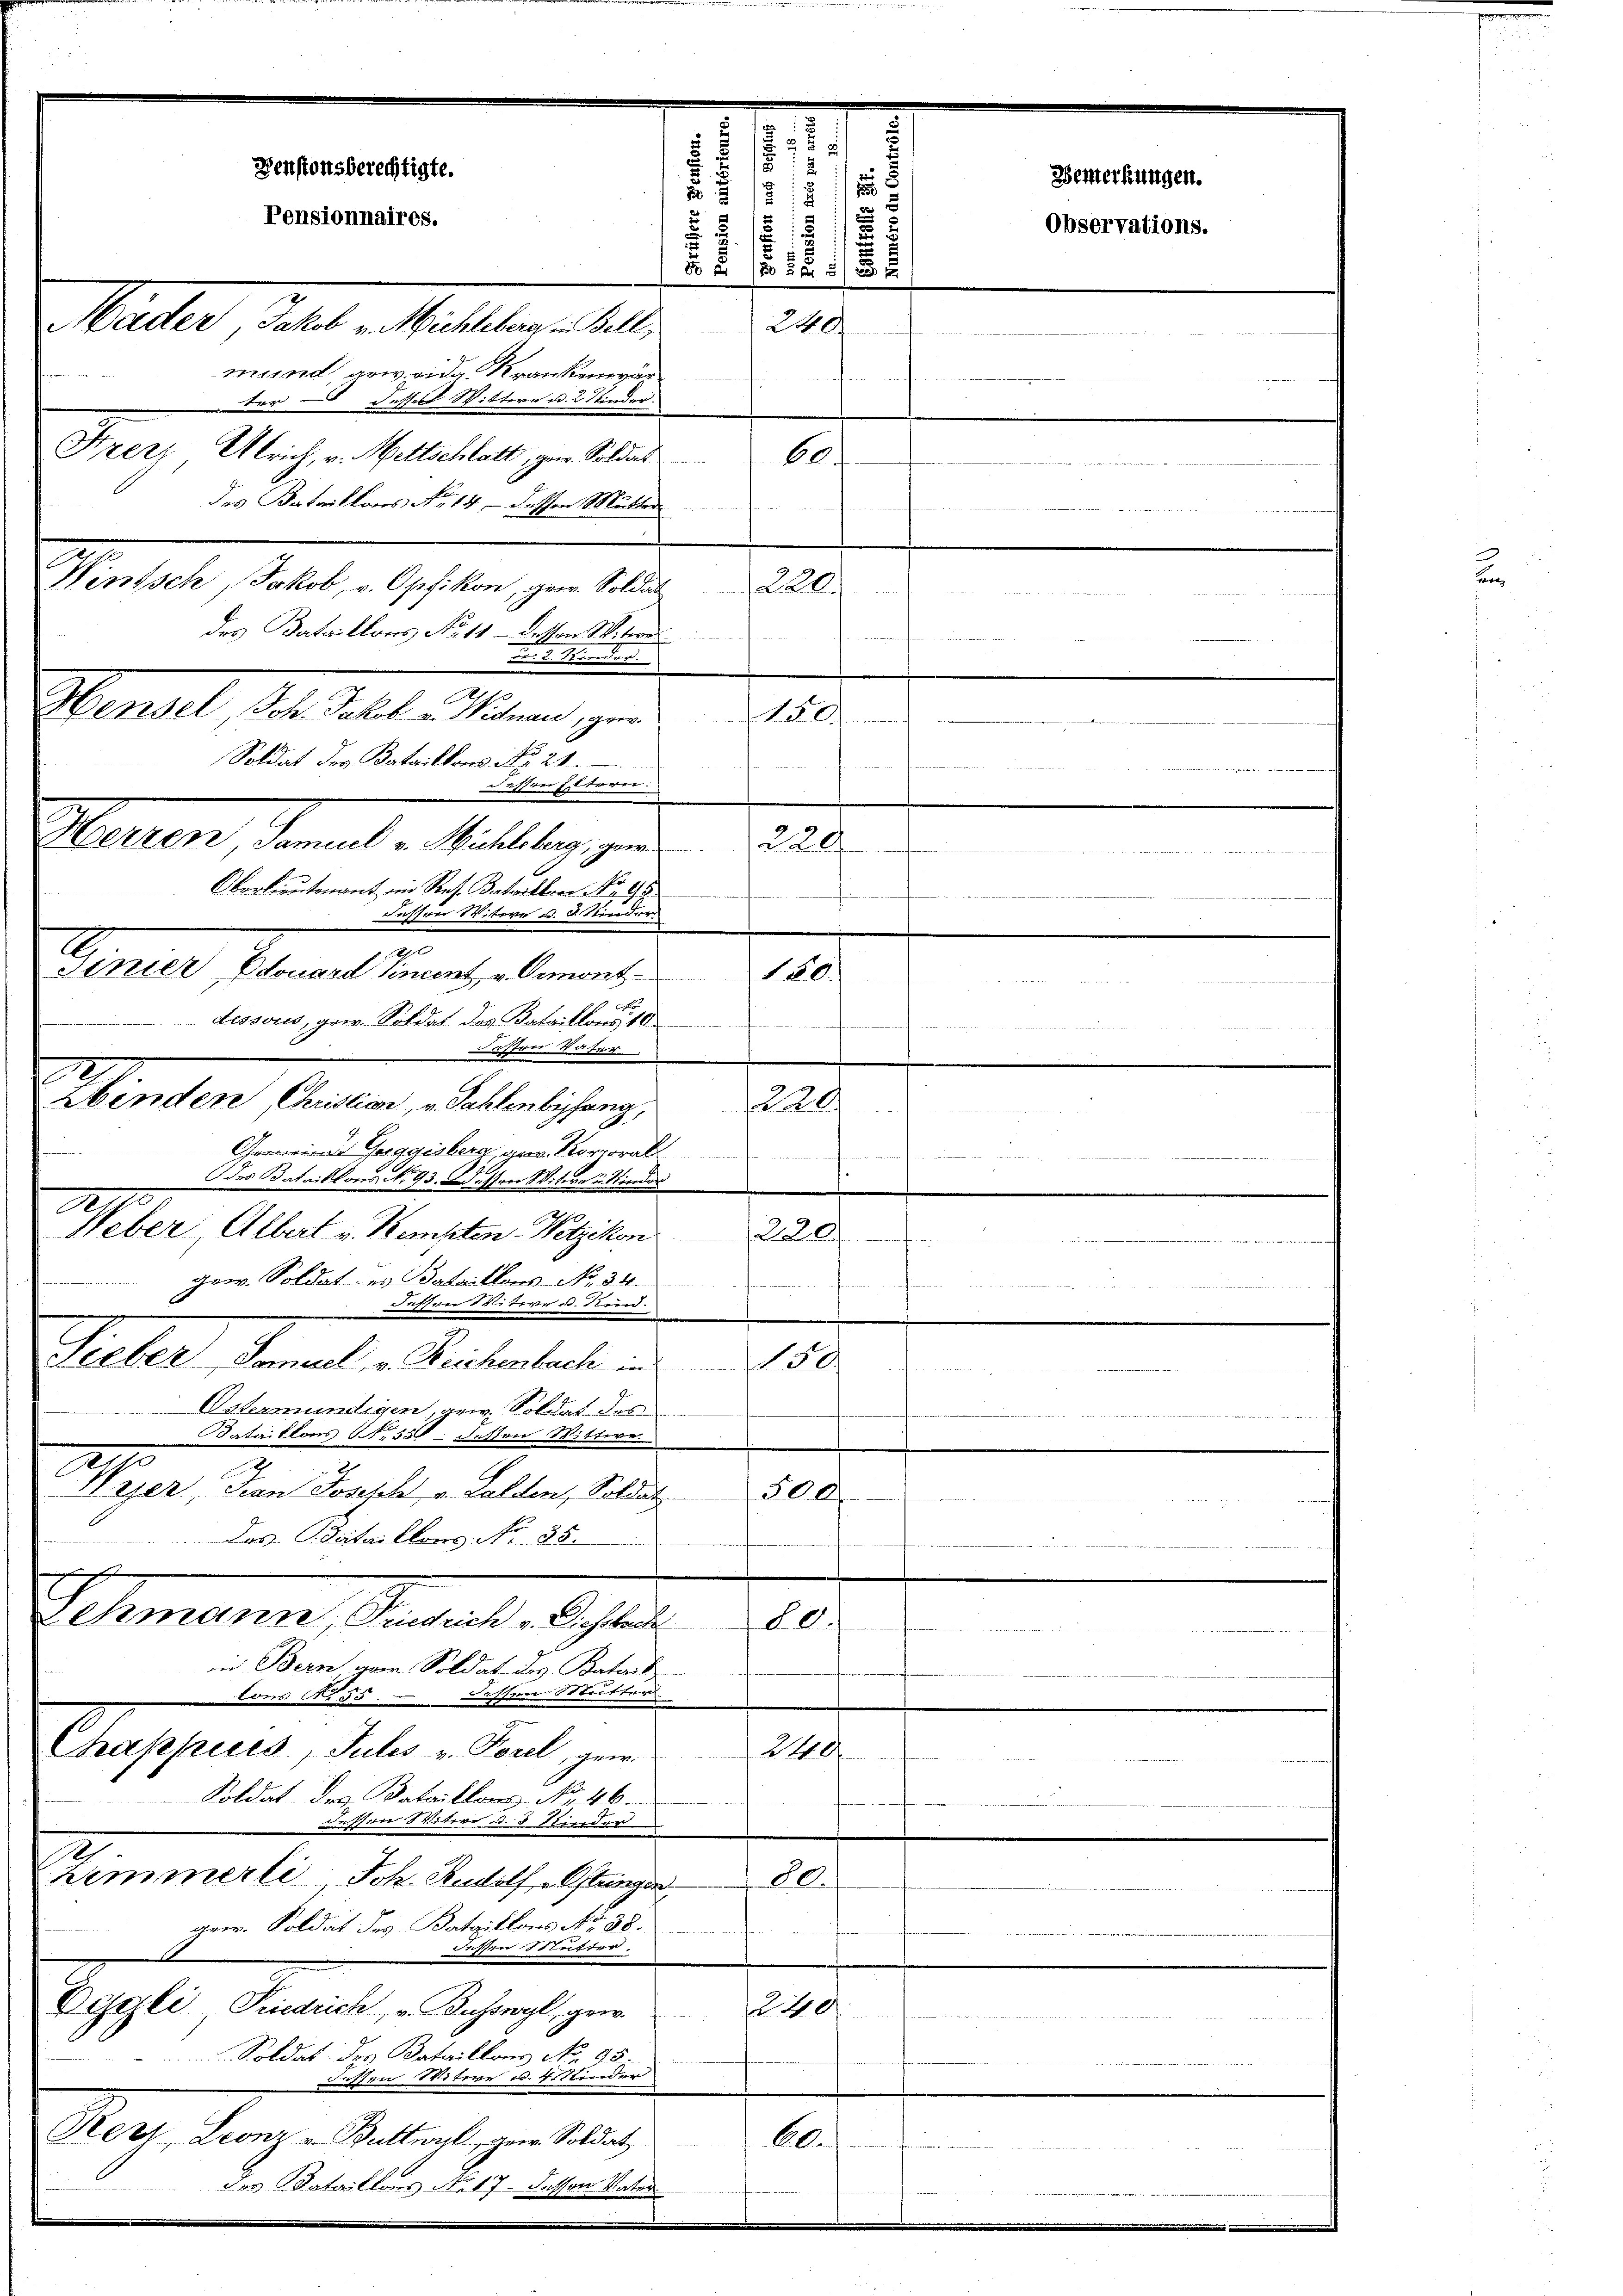
e
2
s
,
Pensionsberechtigte.
Bemerkungen.
2
2
.
Pensionnaires.
Observations.
5
SA 152. 51 x
Mader Fall - Mallen hat.
240
d
mund geweidg. Krankenver¬

ter und desser Wittwe u. 2 Kinder.
Frerz Ulrich, v. Wettschlatt, ge. Soldat
des Bataillons No 14, - dessen Mutter
s
Wintsch, Jakob, v. Opfikon, gew. Soldat
des Bataillons No 11 - dessen Witwes
 2. Spiriren.
150.
Soldat der Bataillons No 21.
uesserer Eltern:
229
e
r
Oberlieutenant im Res. Bataillon No. 95.
Fassen Witwe d. d. Kinder
10
Sinier Edouard sincent v. Gement
150.
dissous, gew. Soldat des Bataillon 10.
Bassen Water
Zbinden, Christian, v. Sahlenbefang
22.
x
Gewerend Guggisberg, an Korporat
3. d. Mts. der Ehre 18
Des Bataillons No 93. Dessen Witwe u. Kinder
Weber, Albert v. Kempten Wetzikon
20
Bitte
.
gew. Soldat es Dataillons No. 34.
cheinen verschienen der niemann er
c
hen Stativer od. Stein
Sieber, Samuel v. Beichenbach in
150
2 12 ten
Ostermündigen arw. Soldat des
21 aber des den der erbaute
Sataillons No 550 dessen Witter
r
Waser, Frau Josef v. Halden, Soldat
200.
 Das Bietaillons No 25.
x
Chmann, Friedrich v. Schlech
de.
in Bern aner. Soldat des Paterit
lons No 55. Lassen Mutter
Chappues, Julis v. Forel, gew.
240
Soldat des Kataillons No. 46.
 vitier d. 3 Kinder
.
Zimmerli Joh. Rudolf „Ostringen
80.
gew. Soldat des Bataillons No 38.

t Stutter
Dejeki, Friedrich, u. Gusswyl, gew
240
Soldat des Bataillons No. 95.
dissen Witere d. 4 Kinder
Kerr, Leonz u. Butter, aner. Soldat
bl.
.
des Bataillons No 17 dessen Vater

2

A

Herzen Samuel v. Mühlsberg, gew

Hensel Joh. Jakob. v. Nidau, ge

.

60.
220.

e

—
r